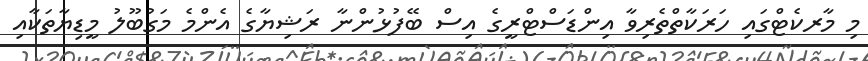
މި މާރކެޓްގައި ހަރަކާތްތެރިވާ އިންޑަސްޓްރީގެ އިސް ބޭފުޅުންނާ ރަޝިޔާގެ އެންމެ މަގުބޫލު މީޑިޔާތަކާއި